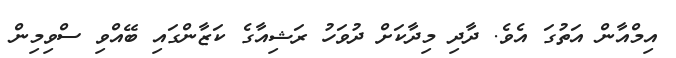
އިމްއާން އަތުގަ އެވެ. ދާދި މިދާކަށް ދުވަހު ރަޝިއާގެ ކަޒާންގައި ބޭއްވި ސްވިމިން